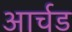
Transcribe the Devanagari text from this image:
आर्चड